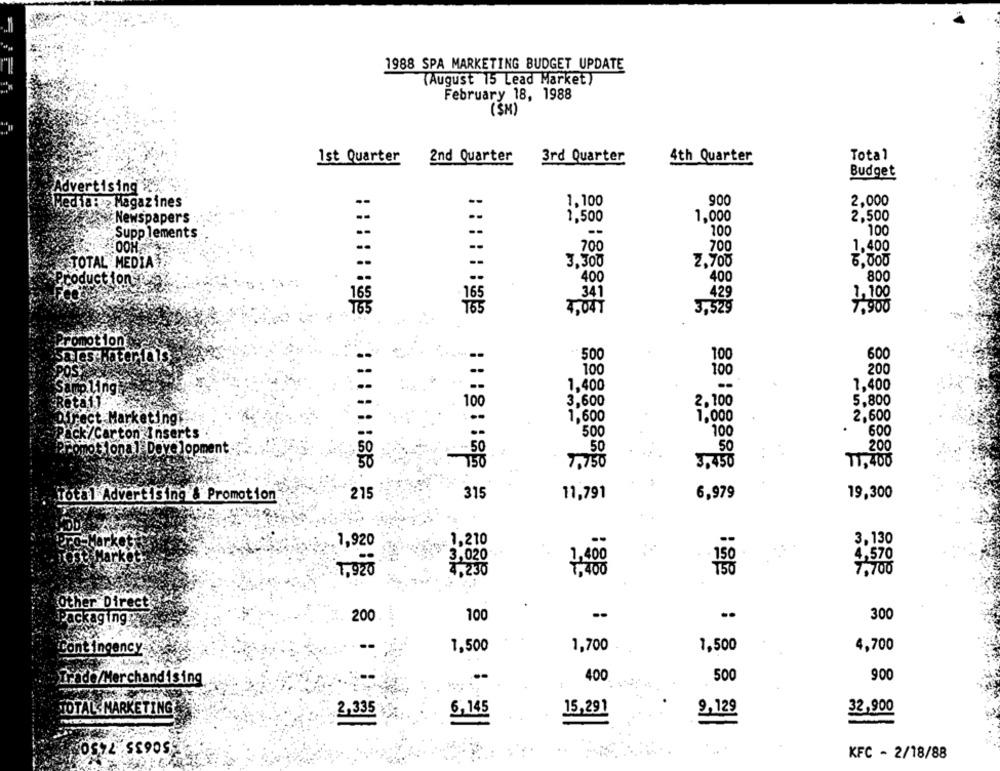
1988 SPA MARKETING BUDGET UPDATE
(August 15 Lead Market)
February 18, 1988
(SM)
1st Quarter
2nd Quarter
3rd Quarter
4th Quarter
Total
Budget
Advertising >%
Redia : Magazines
1,100
900
2,000
Bc Newspapers
1,500
1,000
2,500
--
--
100
100
Supp lements
--
700
700
1,400
TOTAL MEDIA
3,300
5.000
2,700
400
800
roduct ton
400
341
1,100
165
165
7,900
4,041
Promotions
500
Sales Materials
100
600
100
200
100
1,400
1,400
Samp Ling
Reta11
3.600
5,800
100
2,100
1,600
2,600
Direct Marketing
1,000
500
100
.
600
Pack/Carton Inserts
50
50
Fomot lona 1.Development
.... 50
200
11, 400
7.750
3,450
19,300
Total Advertising & Promotion
215
315
11,791
6,979
1,210
3,130
3,020
4.570
1,400
150
7,700
4,230
7,400
Other Direct
200
100
..
300
Packaging:
1,500
1,700
1,500
4,700
Contingency
400
500
900
Trade/Merchandising
TOTAL: MARKETING
32,900
2,335
6,145
15,291
9,129
0572 5590SE
KFC - 2/18/88